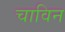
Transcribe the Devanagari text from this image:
चाविन